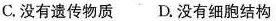
C.没有遗传物质 D.没有细胞结构